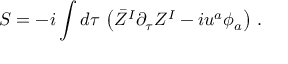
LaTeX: S = - i \int d \tau \, \left( \bar { \cal Z } ^ { I } \partial _ { \tau } { \cal Z } ^ { I } - i u ^ { a } \phi _ { a } \right) \, .